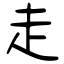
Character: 走